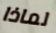
لماذا